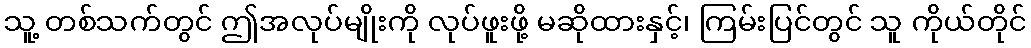
သူ့ တစ်သက်တွင် ဤအလုပ်မျိုးကို လုပ်ဖူးဖို့ မဆိုထားနှင့်၊ ကြမ်းပြင်တွင် သူ ကိုယ်တိုင်